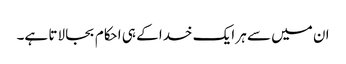
ان میں سے ہر ایک خدا کے ہی احکام بجا لاتا ہے۔